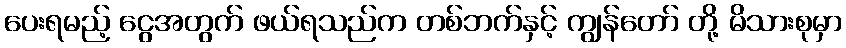
ပေးရမည့် ငွေအတွက် ဖယ်ရသည်က တစ်ဘက်နှင့် ကျွန်တော် တို့ မိသားစုမှာ